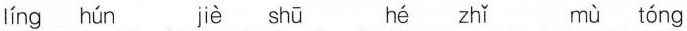
líng hún jiè shū hé zhǐ mù tóng